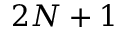
2 N + 1